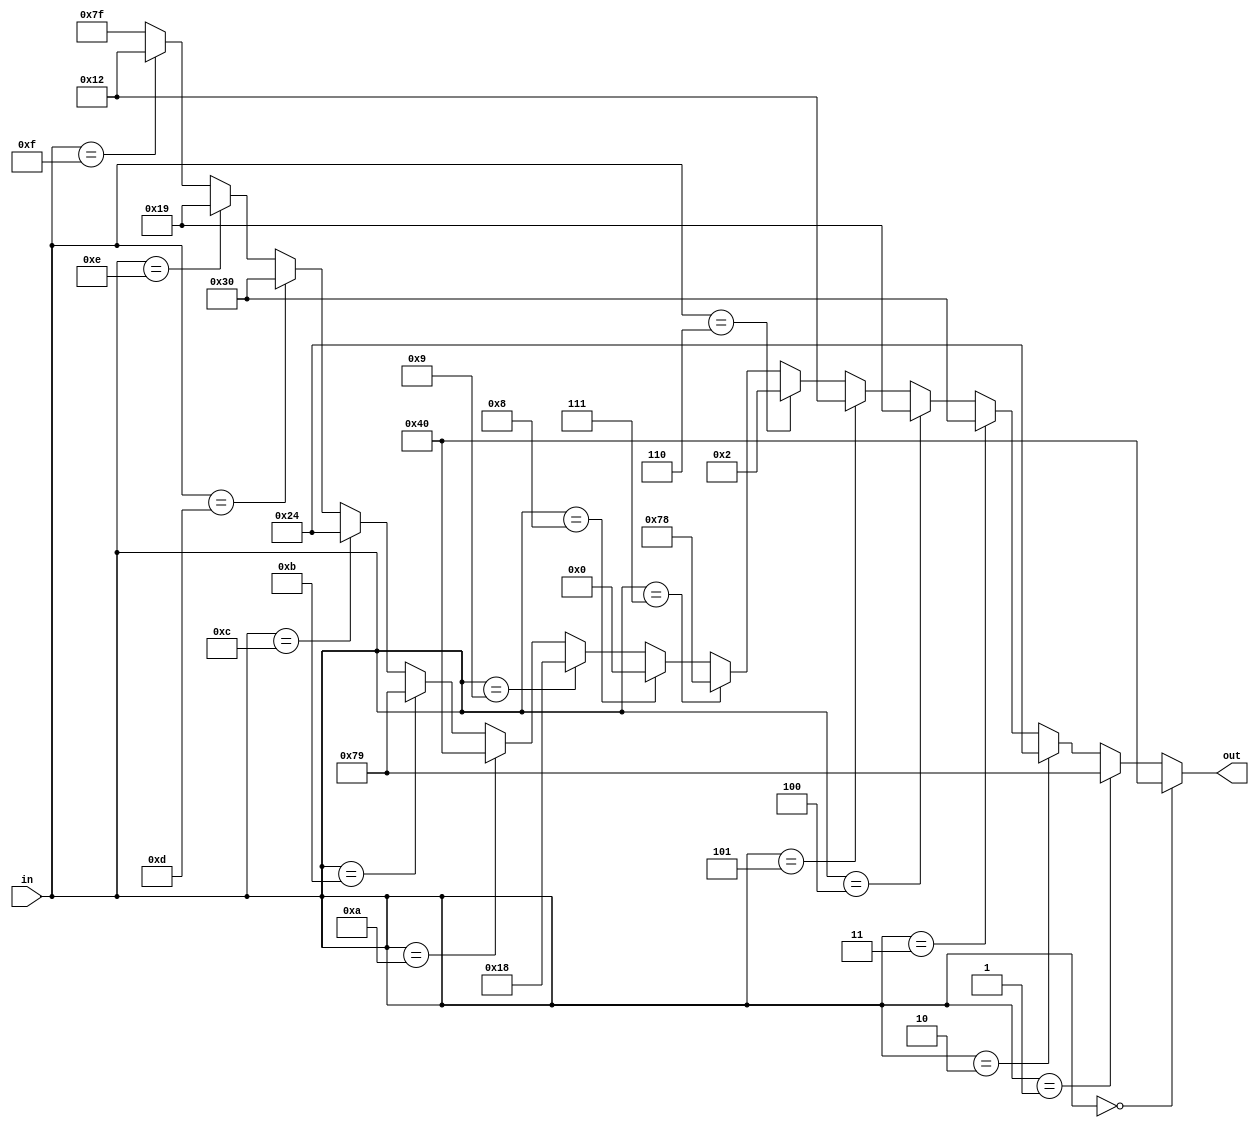
`timescale 1ns / 1ps
////////////////////////////////////////////////////////////////////////////////
module display(in,out);
input [3:0] in;
output [6:0] out;
									  //gfedcba
	assign out = (in==4'd0)? 7'b1000000:
					 (in==4'd1)? 7'b1111001:
					 (in==4'd2)? 7'b0100100:
					 (in==4'd3)? 7'b0110000:
					 (in==4'd4)? 7'b0011001:
					 (in==4'd5)? 7'b0010010:
					 (in==4'd6)? 7'b0000010:
					 (in==4'd7)? 7'b1111000:
					 (in==4'd8)? 7'b0000000:
					 (in==4'd9)? 7'b0011000: 
					 (in==4'd10)? 7'b1000000:
					 (in==4'd11)? 7'b1111001:
					 (in==4'd12)? 7'b0100100:
					 (in==4'd13)? 7'b0110000:
					 (in==4'd14)? 7'b0011001:
					 (in==4'd15)? 7'b0010010:7'b1111111;
					
endmodule